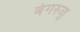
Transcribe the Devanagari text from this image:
बंगरुळु